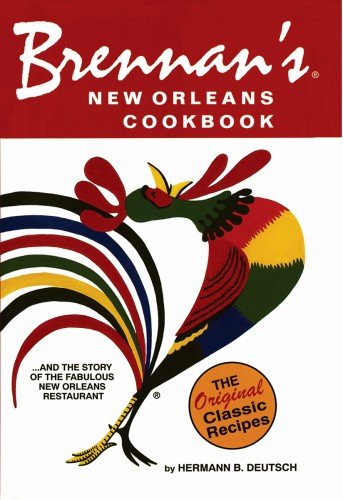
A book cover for Brennan's New Orleans Cookbook: With the Story of the Fabulous New Orleans Restaurant; Hermann B. Deutsch; Cookbooks, Food & Wine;